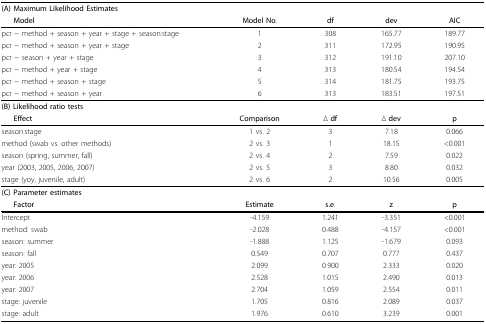
<table><thead><tr><td colspan="5"><b>(A) Maximum Likelihood Estimates</b></td></tr><tr><td><b>Model</b></td><td><b>Model No.</b></td><td><b>df</b></td><td><b>dev</b></td><td><b>AIC</b></td></tr></thead><tbody><tr><td>pcr ~ method + season + year + stage + season:stage</td><td>1</td><td>308</td><td>165.77</td><td>189.77</td></tr><tr><td>pcr ~ method + season + year + stage</td><td>2</td><td>311</td><td>172.95</td><td>190.95</td></tr><tr><td>pcr ~ season + year + stage</td><td>3</td><td>312</td><td>191.10</td><td>207.10</td></tr><tr><td>pcr ~ method + year + stage</td><td>4</td><td>313</td><td>180.54</td><td>194.54</td></tr><tr><td>pcr ~ method + season + stage</td><td>5</td><td>314</td><td>181.75</td><td>193.75</td></tr><tr><td>pcr ~ method + season + year</td><td>6</td><td>313</td><td>183.51</td><td>197.51</td></tr><tr><td colspan="5"><b>(B) Likelihood ratio tests</b></td></tr><tr><td><b>Effect</b></td><td><b>Comparison</b></td><td>Δ <b>df</b></td><td>Δ <b>dev</b></td><td><b>p</b></td></tr><tr><td>season:stage</td><td>1 vs. 2</td><td>3</td><td>7.18</td><td>0.066</td></tr><tr><td>method (swab vs. other methods)</td><td>2 vs. 3</td><td>1</td><td>18.15</td><td>&lt;0.001</td></tr><tr><td>season (spring, summer, fall)</td><td>2 vs. 4</td><td>2</td><td>7.59</td><td>0.022</td></tr><tr><td>year (2003, 2005, 2006, 2007)</td><td>2 vs. 5</td><td>3</td><td>8.80</td><td>0.032</td></tr><tr><td>stage (yoy, juvenile, adult)</td><td>2 vs. 6</td><td>2</td><td>10.56</td><td>0.005</td></tr><tr><td colspan="5"><b>(C) Parameter estimates</b></td></tr><tr><td><b>Factor</b></td><td><b>Estimate</b></td><td><b>s.e</b>.</td><td><b>z</b></td><td><b>p</b></td></tr><tr><td>Intercept</td><td>-4.159</td><td>1.241</td><td>-3.351</td><td>&lt;0.001</td></tr><tr><td>method: swab</td><td>-2.028</td><td>0.488</td><td>-4.157</td><td>&lt;0.001</td></tr><tr><td>season: summer</td><td>-1.888</td><td>1.125</td><td>-1.679</td><td>0.093</td></tr><tr><td>season: fall</td><td>0.549</td><td>0.707</td><td>0.777</td><td>0.437</td></tr><tr><td>year: 2005</td><td>2.099</td><td>0.900</td><td>2.333</td><td>0.020</td></tr><tr><td>year: 2006</td><td>2.528</td><td>1.015</td><td>2.490</td><td>0.013</td></tr><tr><td>year: 2007</td><td>2.704</td><td>1.059</td><td>2.554</td><td>0.011</td></tr><tr><td>stage: juvenile</td><td>1.705</td><td>0.816</td><td>2.089</td><td>0.037</td></tr><tr><td>stage: adult</td><td>1.976</td><td>0.610</td><td>3.239</td><td>0.001</td></tr></tbody></table>